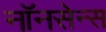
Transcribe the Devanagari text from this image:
नॉनसेन्स